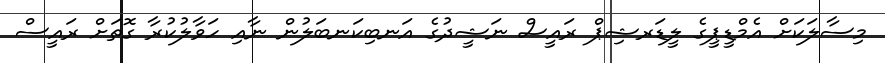
މިސާލަކަށް އެމްޑީޕީގެ ލީޑަރޝިޕް ރައީސް ނަޝީދުގެ އަނބިކަނބަލުން ނާއި ހަވާލުކުރާ ގޮތަށް ރައީސް